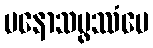
မနောသမ္ဖဿံပေ